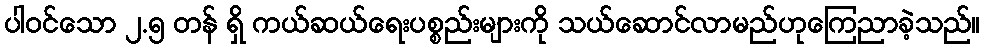
ပါဝင်သော ၂.၅ တန် ရှိ ကယ်ဆယ်ရေးပစ္စည်းများကို သယ်ဆောင်လာမည်ဟုကြေညာခဲ့သည်။